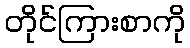
တိုင်ကြားစာကို